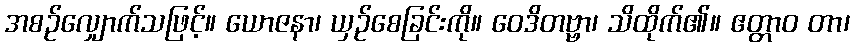
အစဉ်လျှောက်သဖြင့်။ ယောဇနာ၊ ယှဉ်စေခြင်းကို။ ဝေဒိတဗ္ဗာ၊ သိထိုက်၏။ ဧတ္တာဝ တာ၊